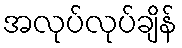
အလုပ်လုပ်ချိန်